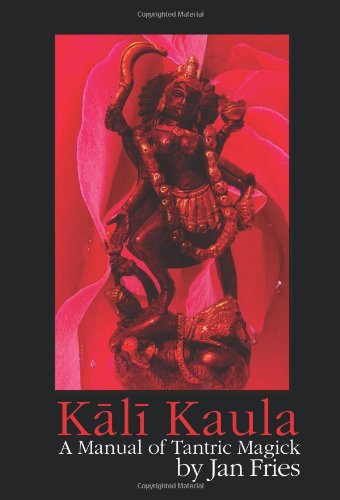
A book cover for Kali Kaula - A Manual of Tantric Magick; Jan Fries; Religion & Spirituality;